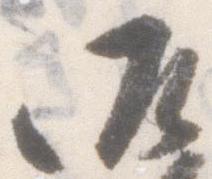
御